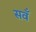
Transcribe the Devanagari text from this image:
सवँ